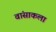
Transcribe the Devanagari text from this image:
वांसाकला